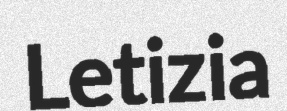
Letizia